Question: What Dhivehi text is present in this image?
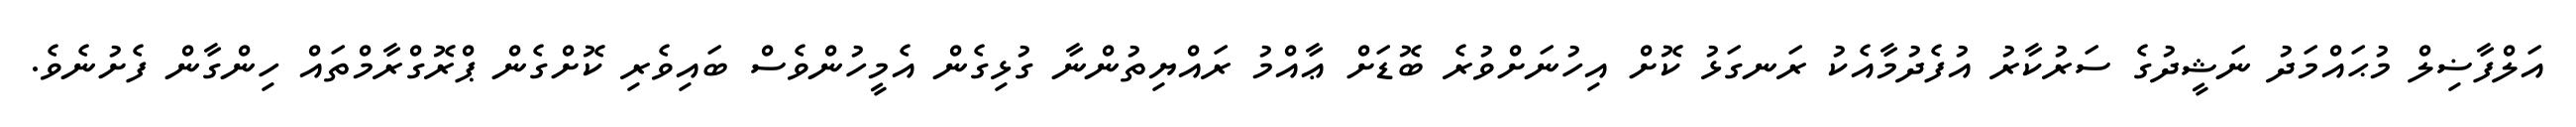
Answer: އަލްފާޟިލް މުޙައްމަދު ނަޝީދުގެ ސަރުކާރު އުފެދުމާއެކު ރަނގަޅު ކޮށް އިހުނަށްވުރެ ބޮޑަށް ޢާއްމު ރައްޔިތުންނާ ގުޅިގެން އެމީހުންވެސް ބައިވެރި ކޮށްގެން ޕްރޮގްރާމްތައް ހިންގާން ފެށުނެވެ.